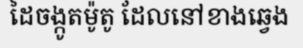
ដៃចង្កូតម៉ូតូ ដែលនៅខាងឆ្វេង